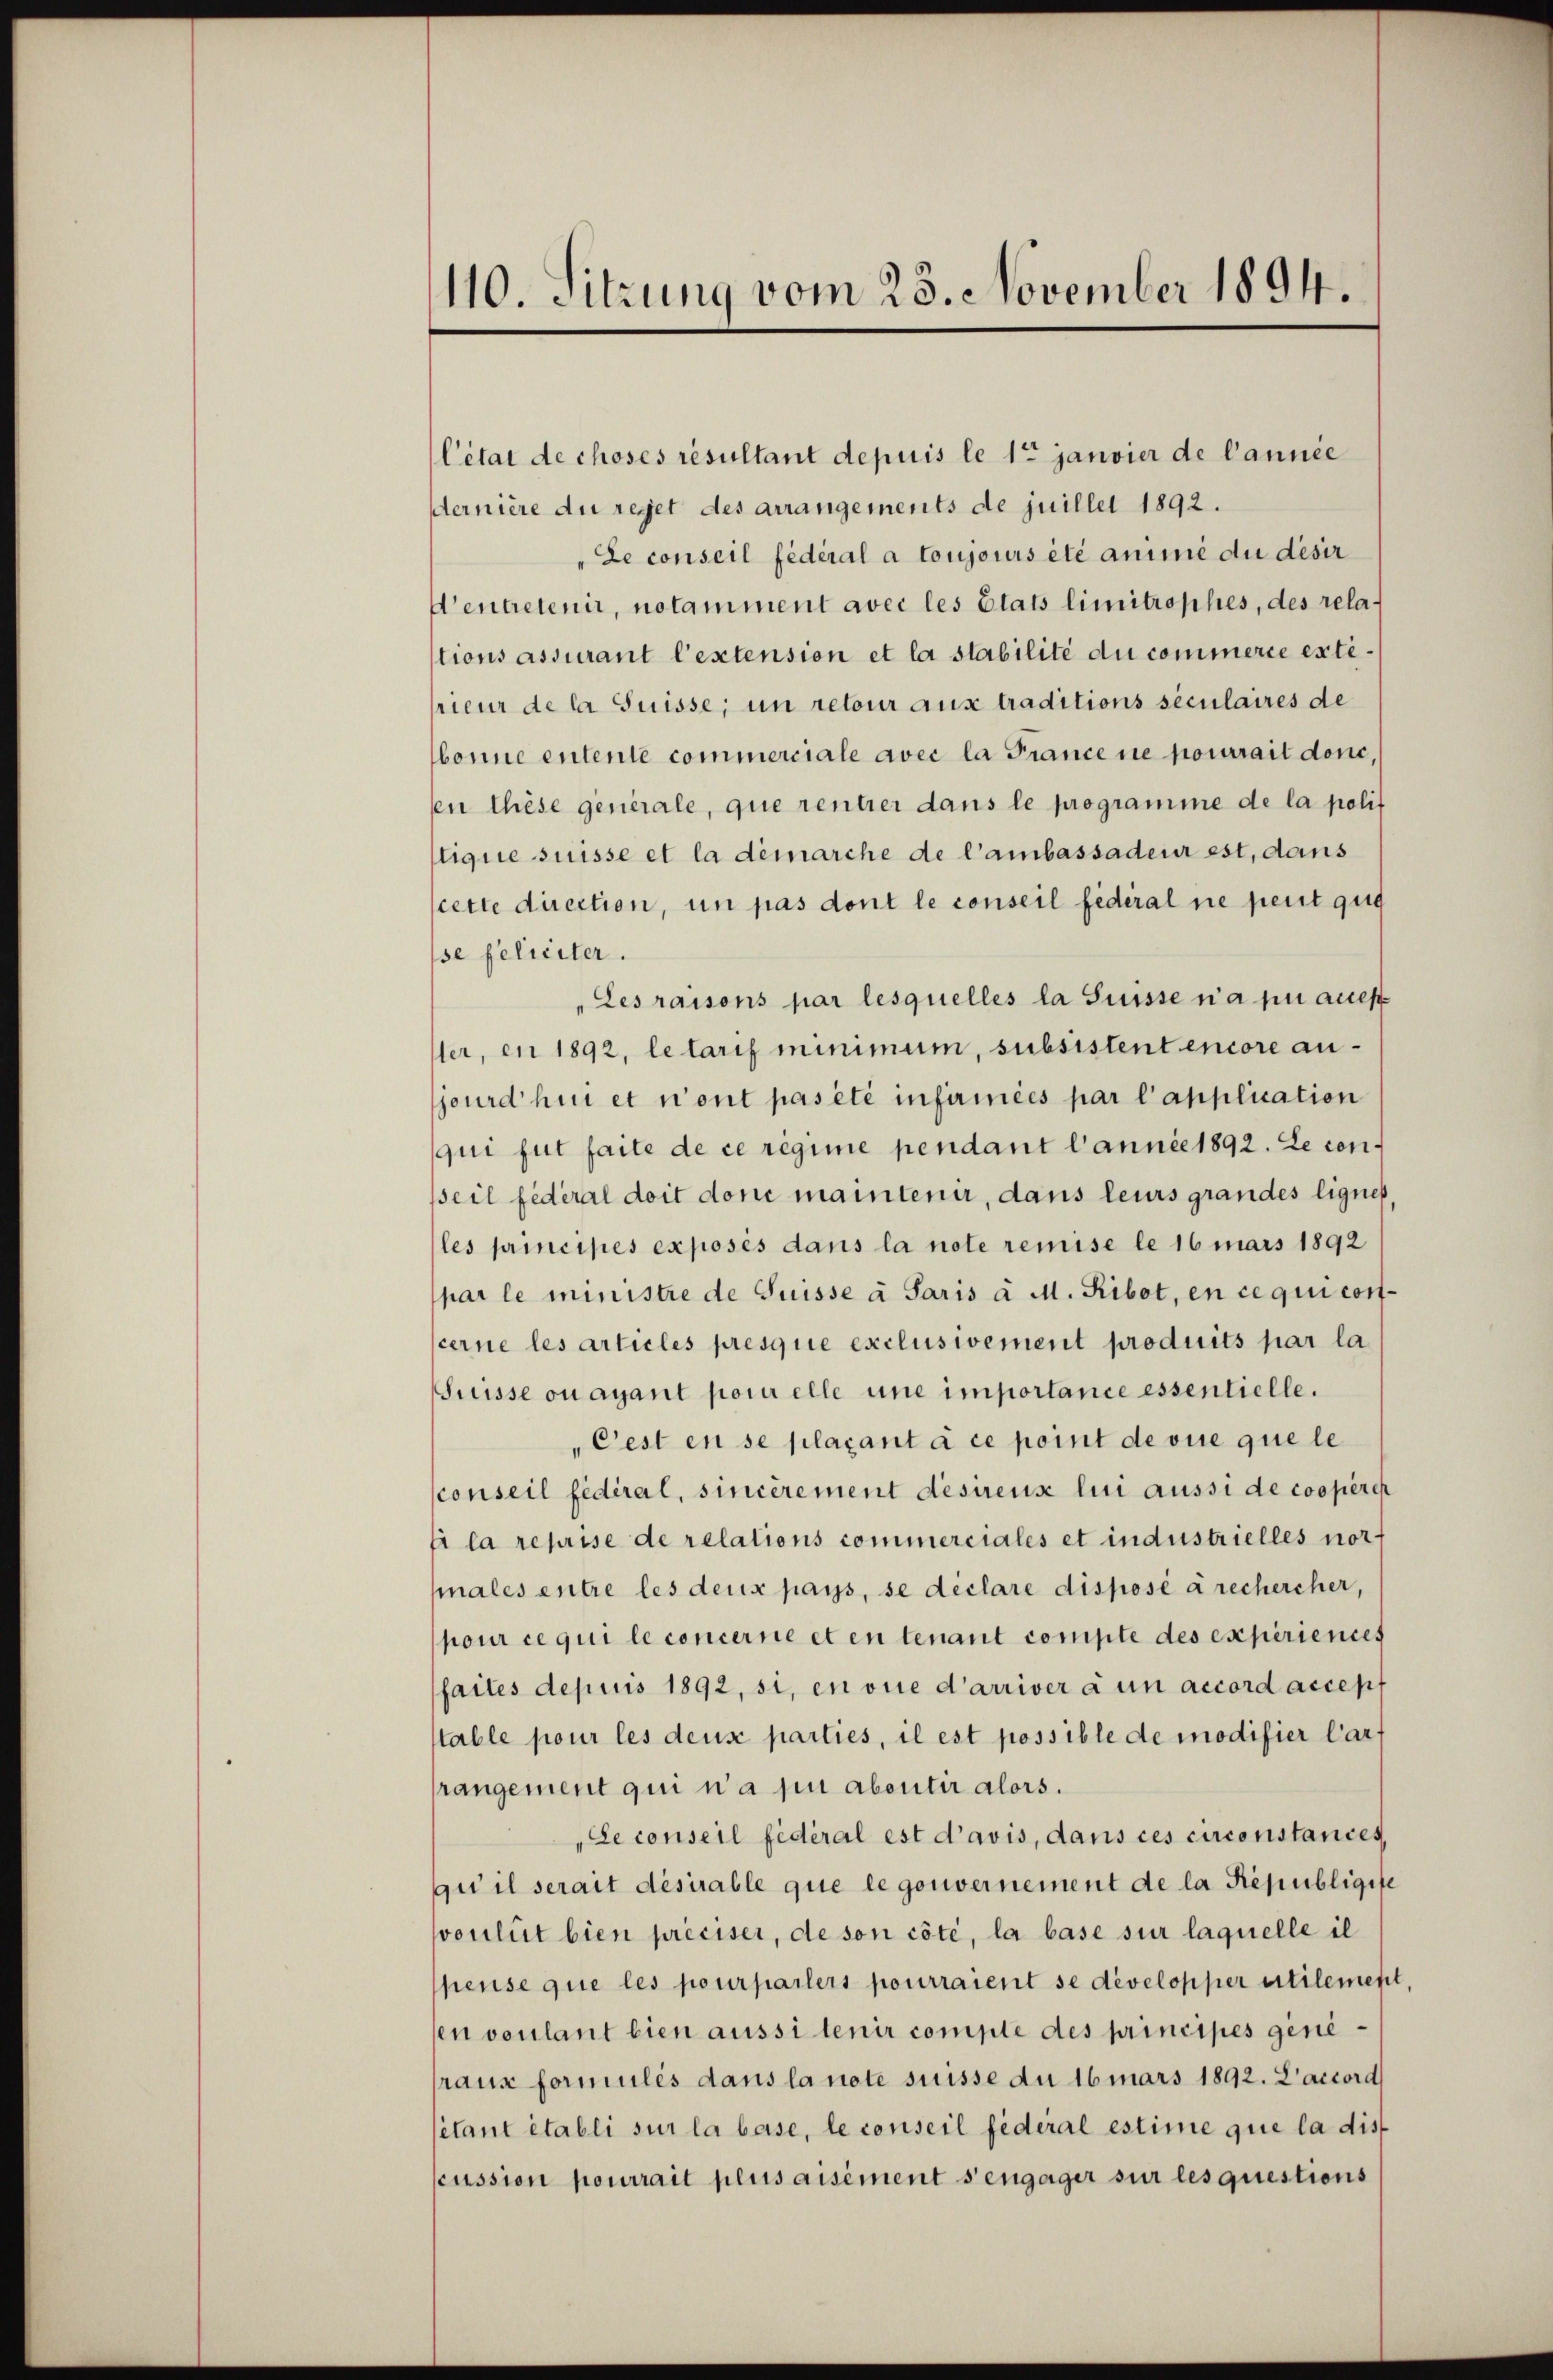
110. Sitzung vom 23. November 1894.

Cétat de choses resultant depuis le 1te janvier de l’année
dernière du rejet des arrangements de juillet 1892.
"Le conseil fédéral a toujours été anime du désir
’entretenir, notamment avec les Etats limitrophes, des relations assurant l’estension et la stabilité du commerie exterieur de la Suisse, un retour aus traditions seculaires de
bonne entente commerciale avec la France ne pourrait done,
en These generale, que rentier dans le programme de la polit
lique suisse et la démarche de l’ambassadeur est, dans
cette direction, un pas dont le conseil fédéral ne peut geg
se feliciter.
Les raisons par lesquelles la Suisse n’a pu aues
ler, en 1892, letarif minimum, subsistent encore anjourd hin et n’ont pas été infirmées par l’application
qui fut faite de ce regime pendant l’annie 1892. Le con¬
Bseil fédéral doit doni maintenir, dans leurs grandes lignes
les principes exposés dans la note remise le 16 mars 1892
par le ministre de Suisse a Paris a M. Ribot, en ce qui con-
cerne les articles presque exclusivement produits par la
Srüsse ou ayant posi elle une importance essentielle.
"Cest en se plaçant à ce point de vue que le
conseil fédéral, sincèrement desirenz lui aussi de cooperch
fi la reprise de relations commerciales et industrielles nor
nales entre les deux pays, se déclare disposé à rechercher,
pour ce qui le concerne et en tenant compte des experienies
faites depuis 1892, si, en vue d’arriver à un accord accept
table pour les deus parties, il est possible de modifier Car
rangement qui n’a pu abontir alors.
Le conseil fédéral est d’avis, dans ces circonstances,
gui il serait desirable que le gouvernement de la Républigie
voulirt bien préciser, de son côté, la base sur laquelle il
pense que les pourparlers pourraient se developper utilement,
sen voulant bien aussi tenir comple des principes generaux formulés dans la note suisse du 16 mars 1892. L’accord
étant établi sur la base, le conseil fédéral estime que la dis
cussion pourrait plus aisément s’engager sur lesquestions